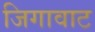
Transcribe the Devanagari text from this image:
जिगावाट